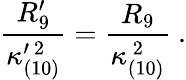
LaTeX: {\frac{R_{9}^{\prime}}{\kappa_{(10)}^{\prime\ 2}}}={\frac{R_{9}}{\kappa_{(10)}^{\ 2}}}\ .